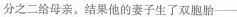
分之二给母亲。结果他的妻子生了双胞胎——